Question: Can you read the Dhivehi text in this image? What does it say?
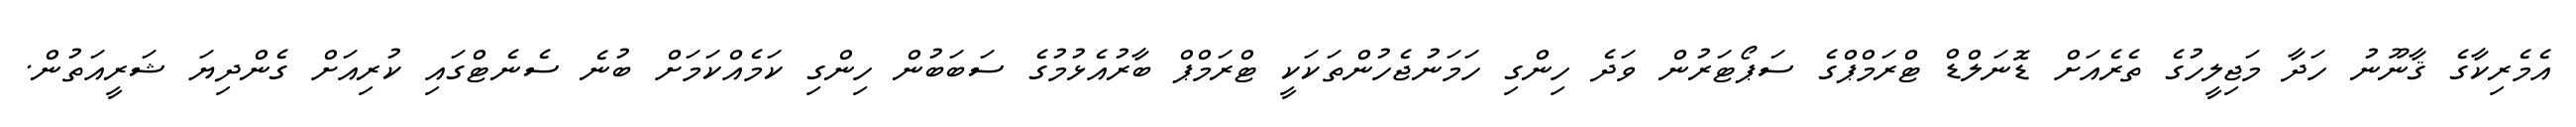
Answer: އެމެރިކާގެ ޤާނޫނު ހަދާ މަޖިލީހުގެ ތެރެއަށް ޑޮނަލްޑް ޓްރަމްޕްގެ ސަޕޯޓަރުން ވަދެ ހިންގި ހަމަނުޖެހުންތަކަކީ ޓްރަމްޕް ބާރުއެޅުމުގެ ސަބަބުން ހިންގި ކަމެއްކަމަށް ބުނެ ސެނެޓްގައި ކުރިއަށް ގެންދިޔަ ޝަރީއަތުން.